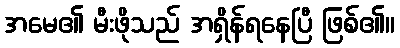
အမေ၏ မီးဖိုသည် အရှိန်ရနေပြီ ဖြစ်၏။